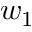
w _ { 1 }